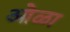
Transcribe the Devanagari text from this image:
ओळा